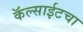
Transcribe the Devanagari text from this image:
कॅल्साईटचा